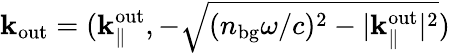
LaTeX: {\mathbf k}_{\mathrm{out}}=({\mathbf k}_{\parallel}^{\mathrm{out}},-\sqrt{(n_{\mathrm{bg}}\omega/c)^{2}-|{\mathbf k}_{\parallel}^{\mathrm{out}}|^{2}})